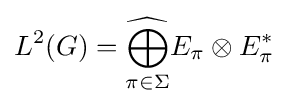
L^{2}(G)={\underset {\pi \in \Sigma }{\widehat {\bigoplus }}}E_{\pi }\otimes E_{\pi }^{*}